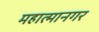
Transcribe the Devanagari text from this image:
महात्मानगर